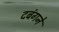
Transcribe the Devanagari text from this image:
दबंगने